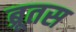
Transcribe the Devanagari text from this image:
ब्रूतस